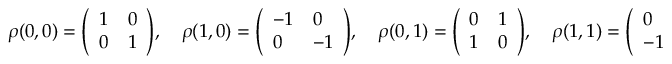
\rho ( { 0 } , { 0 } ) = { \left( \begin{array} { l l } { 1 } & { 0 } \\ { 0 } & { 1 } \end{array} \right) } , \quad \rho ( { 1 } , { 0 } ) = { \left( \begin{array} { l l } { - 1 } & { 0 } \\ { 0 } & { - 1 } \end{array} \right) } , \quad \rho ( { 0 } , { 1 } ) = { \left( \begin{array} { l l } { 0 } & { 1 } \\ { 1 } & { 0 } \end{array} \right) } , \quad \rho ( { 1 } , { 1 } ) = { \left( \begin{array} { l l } { 0 } & { - 1 } \\ { - 1 } & { 0 } \end{array} \right) } .